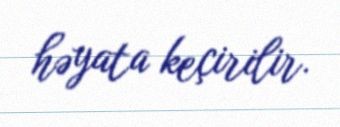
həyata keçirilir.